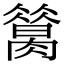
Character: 𦠪